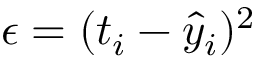
\epsilon = \large ( t _ { i } - \hat { y } _ { i } \large ) ^ { 2 }